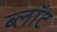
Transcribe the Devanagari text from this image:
ब्‍लॉट